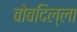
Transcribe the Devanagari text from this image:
बोबदिल्ला